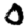
Digit: 0